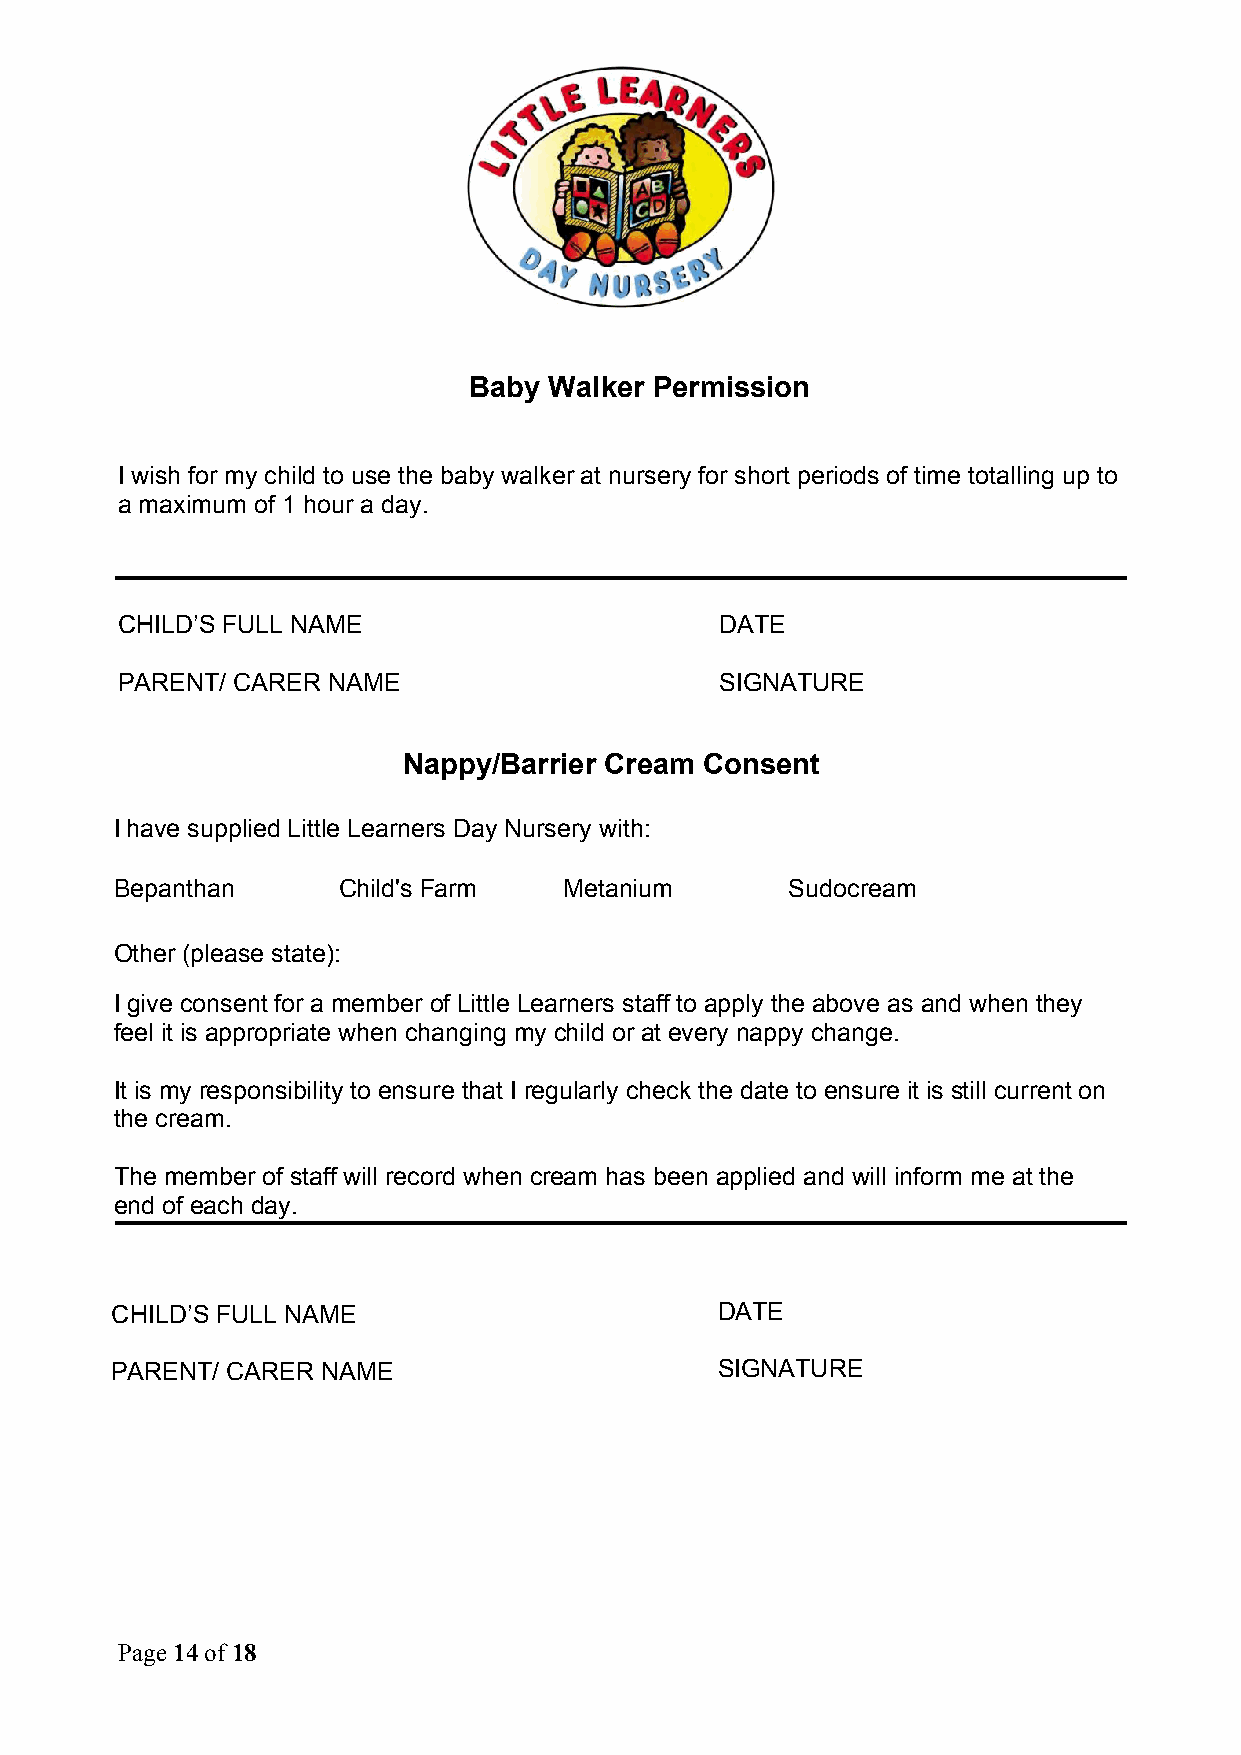
Baby Walker Permission
 I wish for my child to use the baby walker at nursery for short periods of time totalling up to
 a maximum of 1 hour a day.
 CHILD’S FULL NAME                       DATE
 PARENT/ CARER NAME                      SIGNATURE
 Nappy/Barrier Cream Consent
 I have supplied Little Learners Day Nursery with:
 Bepanthan     Child's Farm   Metanium       Sudocream
 Other (please state):
 I give consent for a member of Little Learners staff to apply the above as and when they
 feel it is appropriate when changing my child or at every nappy change.
 It is my responsibility to ensure that I regularly check the date to ensure it is still current on
 the cream.
 The member of staff will record when cream has been applied and will inform me at the
 end of each day.
 CHILD’S FULL NAME                       DATE
 PARENT/ CARER NAME                      SIGNATURE
 Page 14 of 18